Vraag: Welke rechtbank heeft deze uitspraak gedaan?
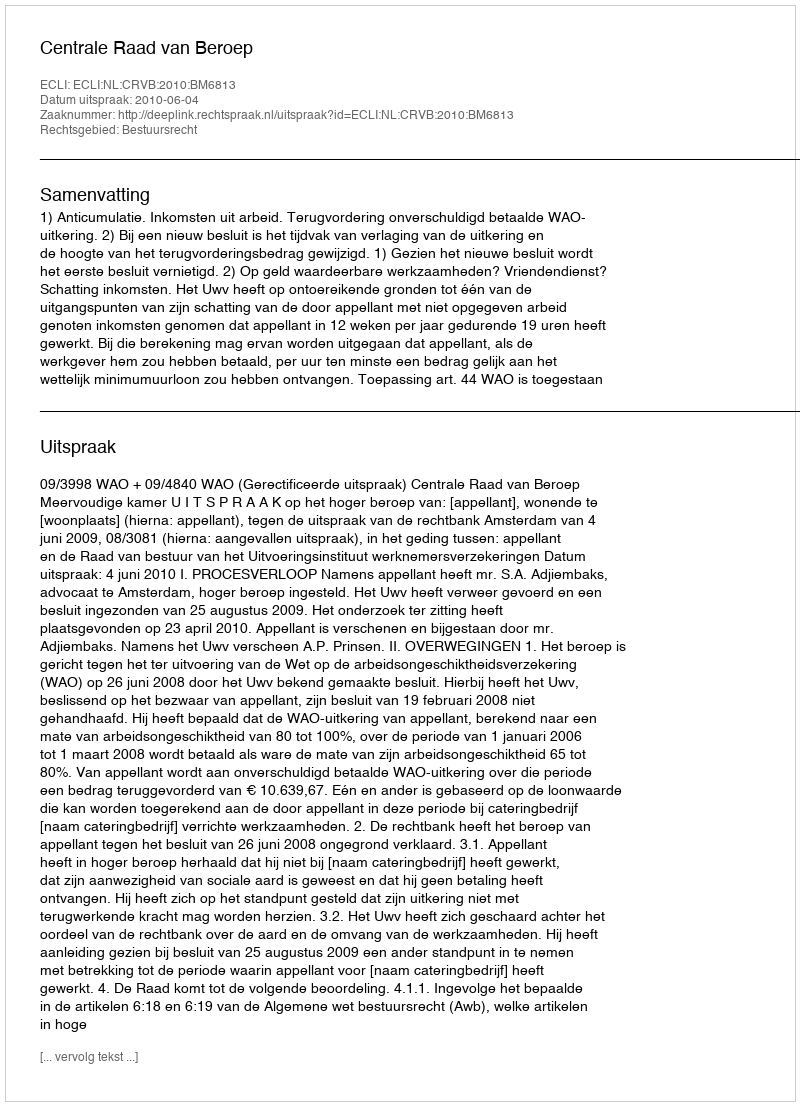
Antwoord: Centrale Raad van Beroep